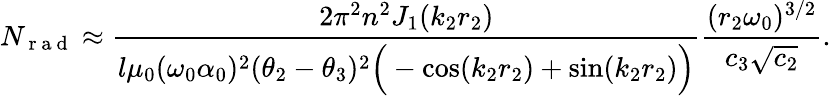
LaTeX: N_{\mathrm{~r~a~d~}}\approx\frac{2\pi^{2}n^{2}J_{1}(k_{2}r_{2})}{l\mu_{0}(\omega_{0}\alpha_{0})^{2}(\theta_{2}-\theta_{3})^{2}\Big(-\cos(k_{2}r_{2})+\sin(k_{2}r_{2})\Big)}\frac{(r_{2}\omega_{0})^{3/2}}{c_{3}\sqrt{c_{2}}}.